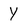
Character: Y